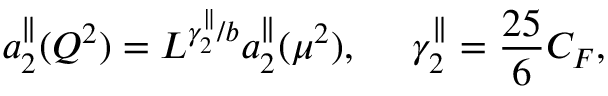
a _ { 2 } ^ { \parallel } ( Q ^ { 2 } ) = L ^ { \gamma _ { 2 } ^ { \parallel } / b } a _ { 2 } ^ { \parallel } ( \mu ^ { 2 } ) , ~ ~ ~ ~ \gamma _ { 2 } ^ { \parallel } = \frac { 2 5 } { 6 } C _ { F } ,